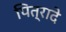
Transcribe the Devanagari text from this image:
पित्रादे